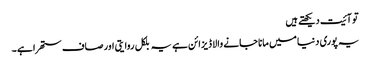
تو آئیت دیکھتے ہیں
یہ پوری دنیا میں مانا جانے والا ڈیزائن ہے یہ بلکل روایتی اور صاف ستھرا ہے ۔